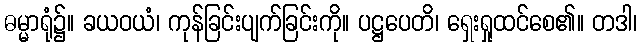
ဓမ္မာရုံ၌။ ခယဝယံ၊ ကုန်ခြင်းပျက်ခြင်းကို။ ပဋ္ဌပေတိ၊ ရှေးရှုထင်စေ၏။ တဒါ၊